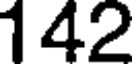
142